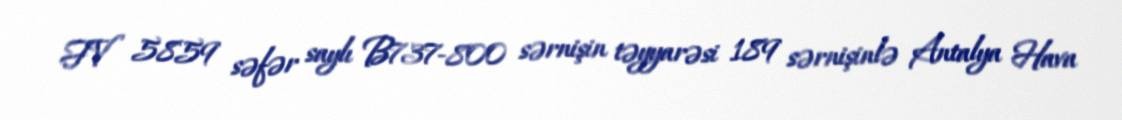
FV 5859 səfər saylı B737-800 sərnişin təyyarəsi 189 sərnişinlə Antalya Hava